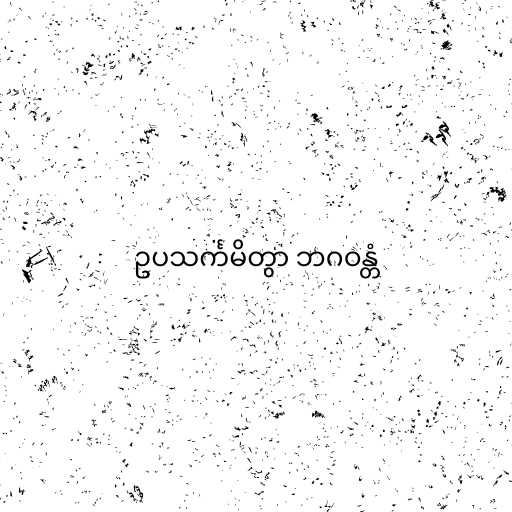
ဥပသင်္ကမိတွာ ဘဂဝန္တံ